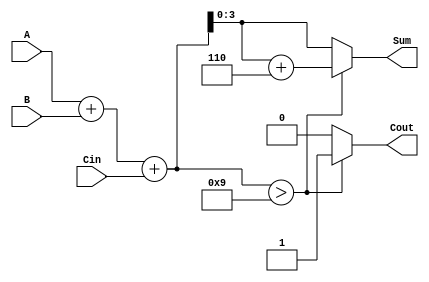
module BCD_Fast_Adder (
    input  [3:0] A,        // First BCD digit
    input  [3:0] B,        // Second BCD digit
    input        Cin,       // Carry input
    output reg [3:0] Sum,   // Resulting BCD digit
    output reg Cout         // Carry output
);

    wire [4:0] Temp_Sum;      // 5-bit temporary sum
    wire Correction;           // Flag for correction

    // Step 1: Perform binary addition of A, B and Cin
    assign Temp_Sum = A + B + Cin;

    // Step 2: Check if correction is needed (if Temp_Sum > 9)
    assign Correction = Temp_Sum > 9;

    // Step 3: Compute the final BCD result
    always @(*) begin
        if (Correction) begin
            // If correction is needed, add 6 (0110) to the Temp_Sum
            Sum = Temp_Sum[3:0] + 4'b0110; // Ensure 4-bit representation
            Cout = 1'b1; // Set carry out
        end else begin
            Sum = Temp_Sum[3:0]; // Directly assign Temp_Sum to Sum
            Cout = 1'b0; // No carry out
        end
    end

endmodule